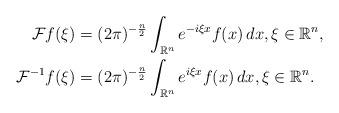
LaTeX: \begin{align*} \mathcal Ff(\xi) & = (2\pi)^{-\frac n 2} \int_{\mathbb R^n} e^{-i\xi x} f(x) \, dx, \xi \in \mathbb R^n, \\ \mathcal F^{-1}f(\xi) & = (2\pi)^{-\frac n 2} \int_{\mathbb R^n} e^{i\xi x} f(x) \, dx, \xi \in \mathbb R^n. \end{align*}